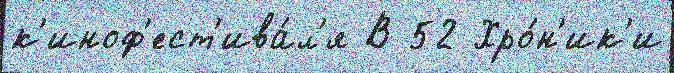
к'иноф'ест'ива́л'я В 52 Хро́н'ик'и